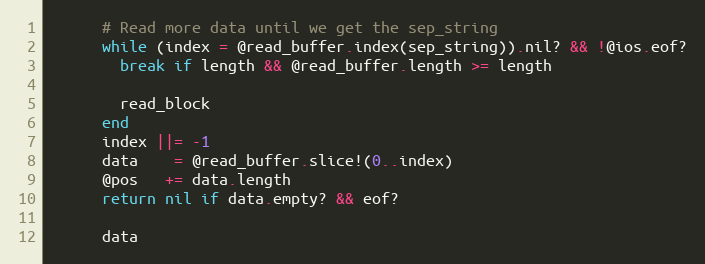
Language: Ruby
      # Read more data until we get the sep_string
      while (index = @read_buffer.index(sep_string)).nil? && !@ios.eof?
        break if length && @read_buffer.length >= length

        read_block
      end
      index ||= -1
      data    = @read_buffer.slice!(0..index)
      @pos   += data.length
      return nil if data.empty? && eof?

      data